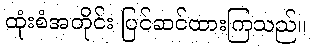
ထုံးစံအတိုင်း ပြင်ဆင်ထားကြသည်။